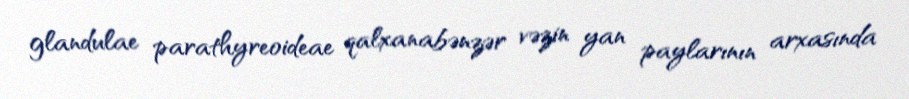
glandulae parathyreoideae qalxanabənzər vəzin yan paylarının arxasında